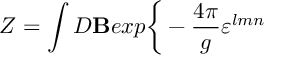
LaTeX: Z = \int { \cal D } { \bf B } e x p \bigg \{ - { \frac { 4 \pi } { g } } \varepsilon ^ { l m n }